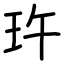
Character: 玝